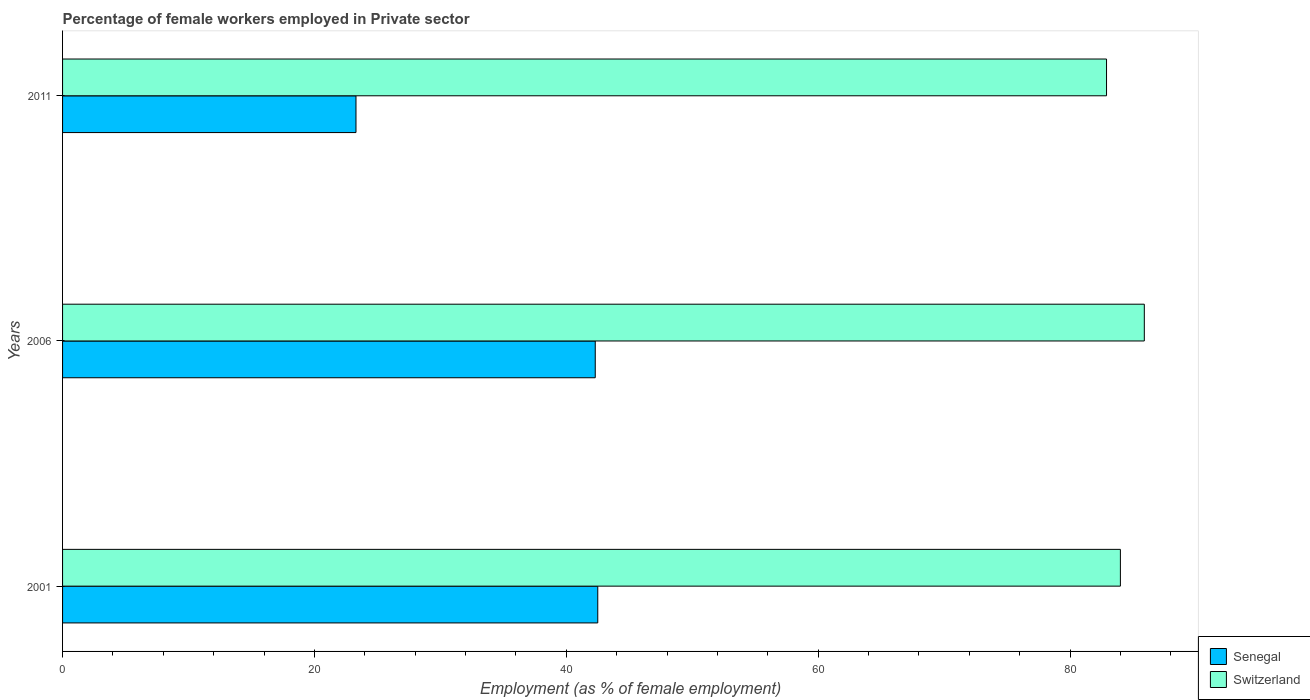
| Years | Senegal | Switzerland |
 | --- | --- | --- |
 | 2001 | 42.5 | 84 |
 | 2006 | 42.3 | 85.9 |
 | 2011 | 23.3 | 82.9 |